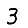
Digit: 3